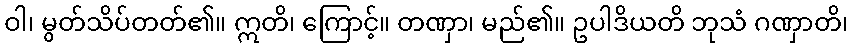
ဝါ၊ မွတ်သိပ်တတ်၏။ ဣတိ၊ ကြောင့်။ တဏှာ၊ မည်၏။ ဥပါဒိယတိ ဘုသံ ဂဏှာတိ၊